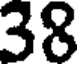
38